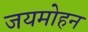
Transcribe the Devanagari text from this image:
जयमोहन